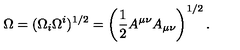
\Omega = ( \Omega _ { i } \Omega ^ { i } ) ^ { 1 / 2 } = \left( \frac 1 2 A ^ { \mu \nu } A _ { \mu \nu } \right) ^ { 1 / 2 } .